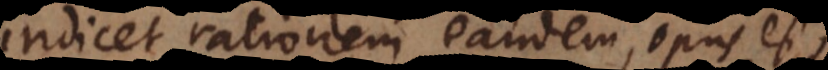
indicet rationem eandem, opus est